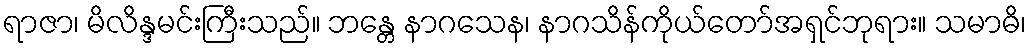
ရာဇာ၊ မိလိန္ဒမင်းကြီးသည်။ ဘန္တေ နာဂသေန၊ နာဂသိန်ကိုယ်တော်အရှင်ဘုရား။ သမာဓိ၊